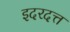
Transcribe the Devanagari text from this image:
इदरदत्त